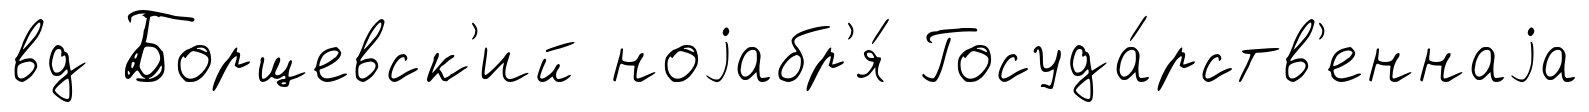
вд Борщевск'ий ноjабр'я́ Госуда́рств'еннаjа